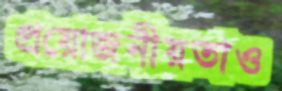
প্রয়োজনীয়তাও